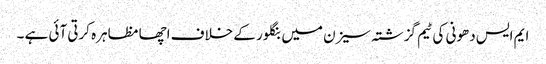
ایم ایس دھونی کی ٹیم گزشتہ سیزن میں بنگلور کے خلاف اچھا مظاہرہ کرتی آئی ہے ۔